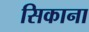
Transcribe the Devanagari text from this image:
सिकाना